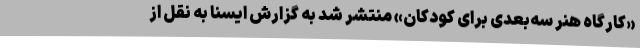
«کارگاه هنر سه‌بعدی برای کودکان» منتشر شد به گزارش ایسنا به نقل از